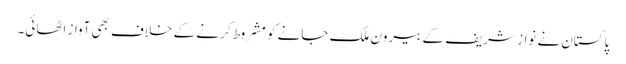
پاکستان نے نواز شریف کے بیرون ملک جانے کو مشروط کرنے کے خلاف بھی آواز اٹھائی۔